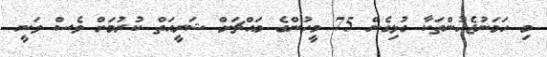
މި ހަމަނުޖެހުންތަކާ ގުޅިގެން 75 މީހުންގެ މައްޗަށް ޝަރީއަތް ކުރުމަށް ވެސް ވަނީ